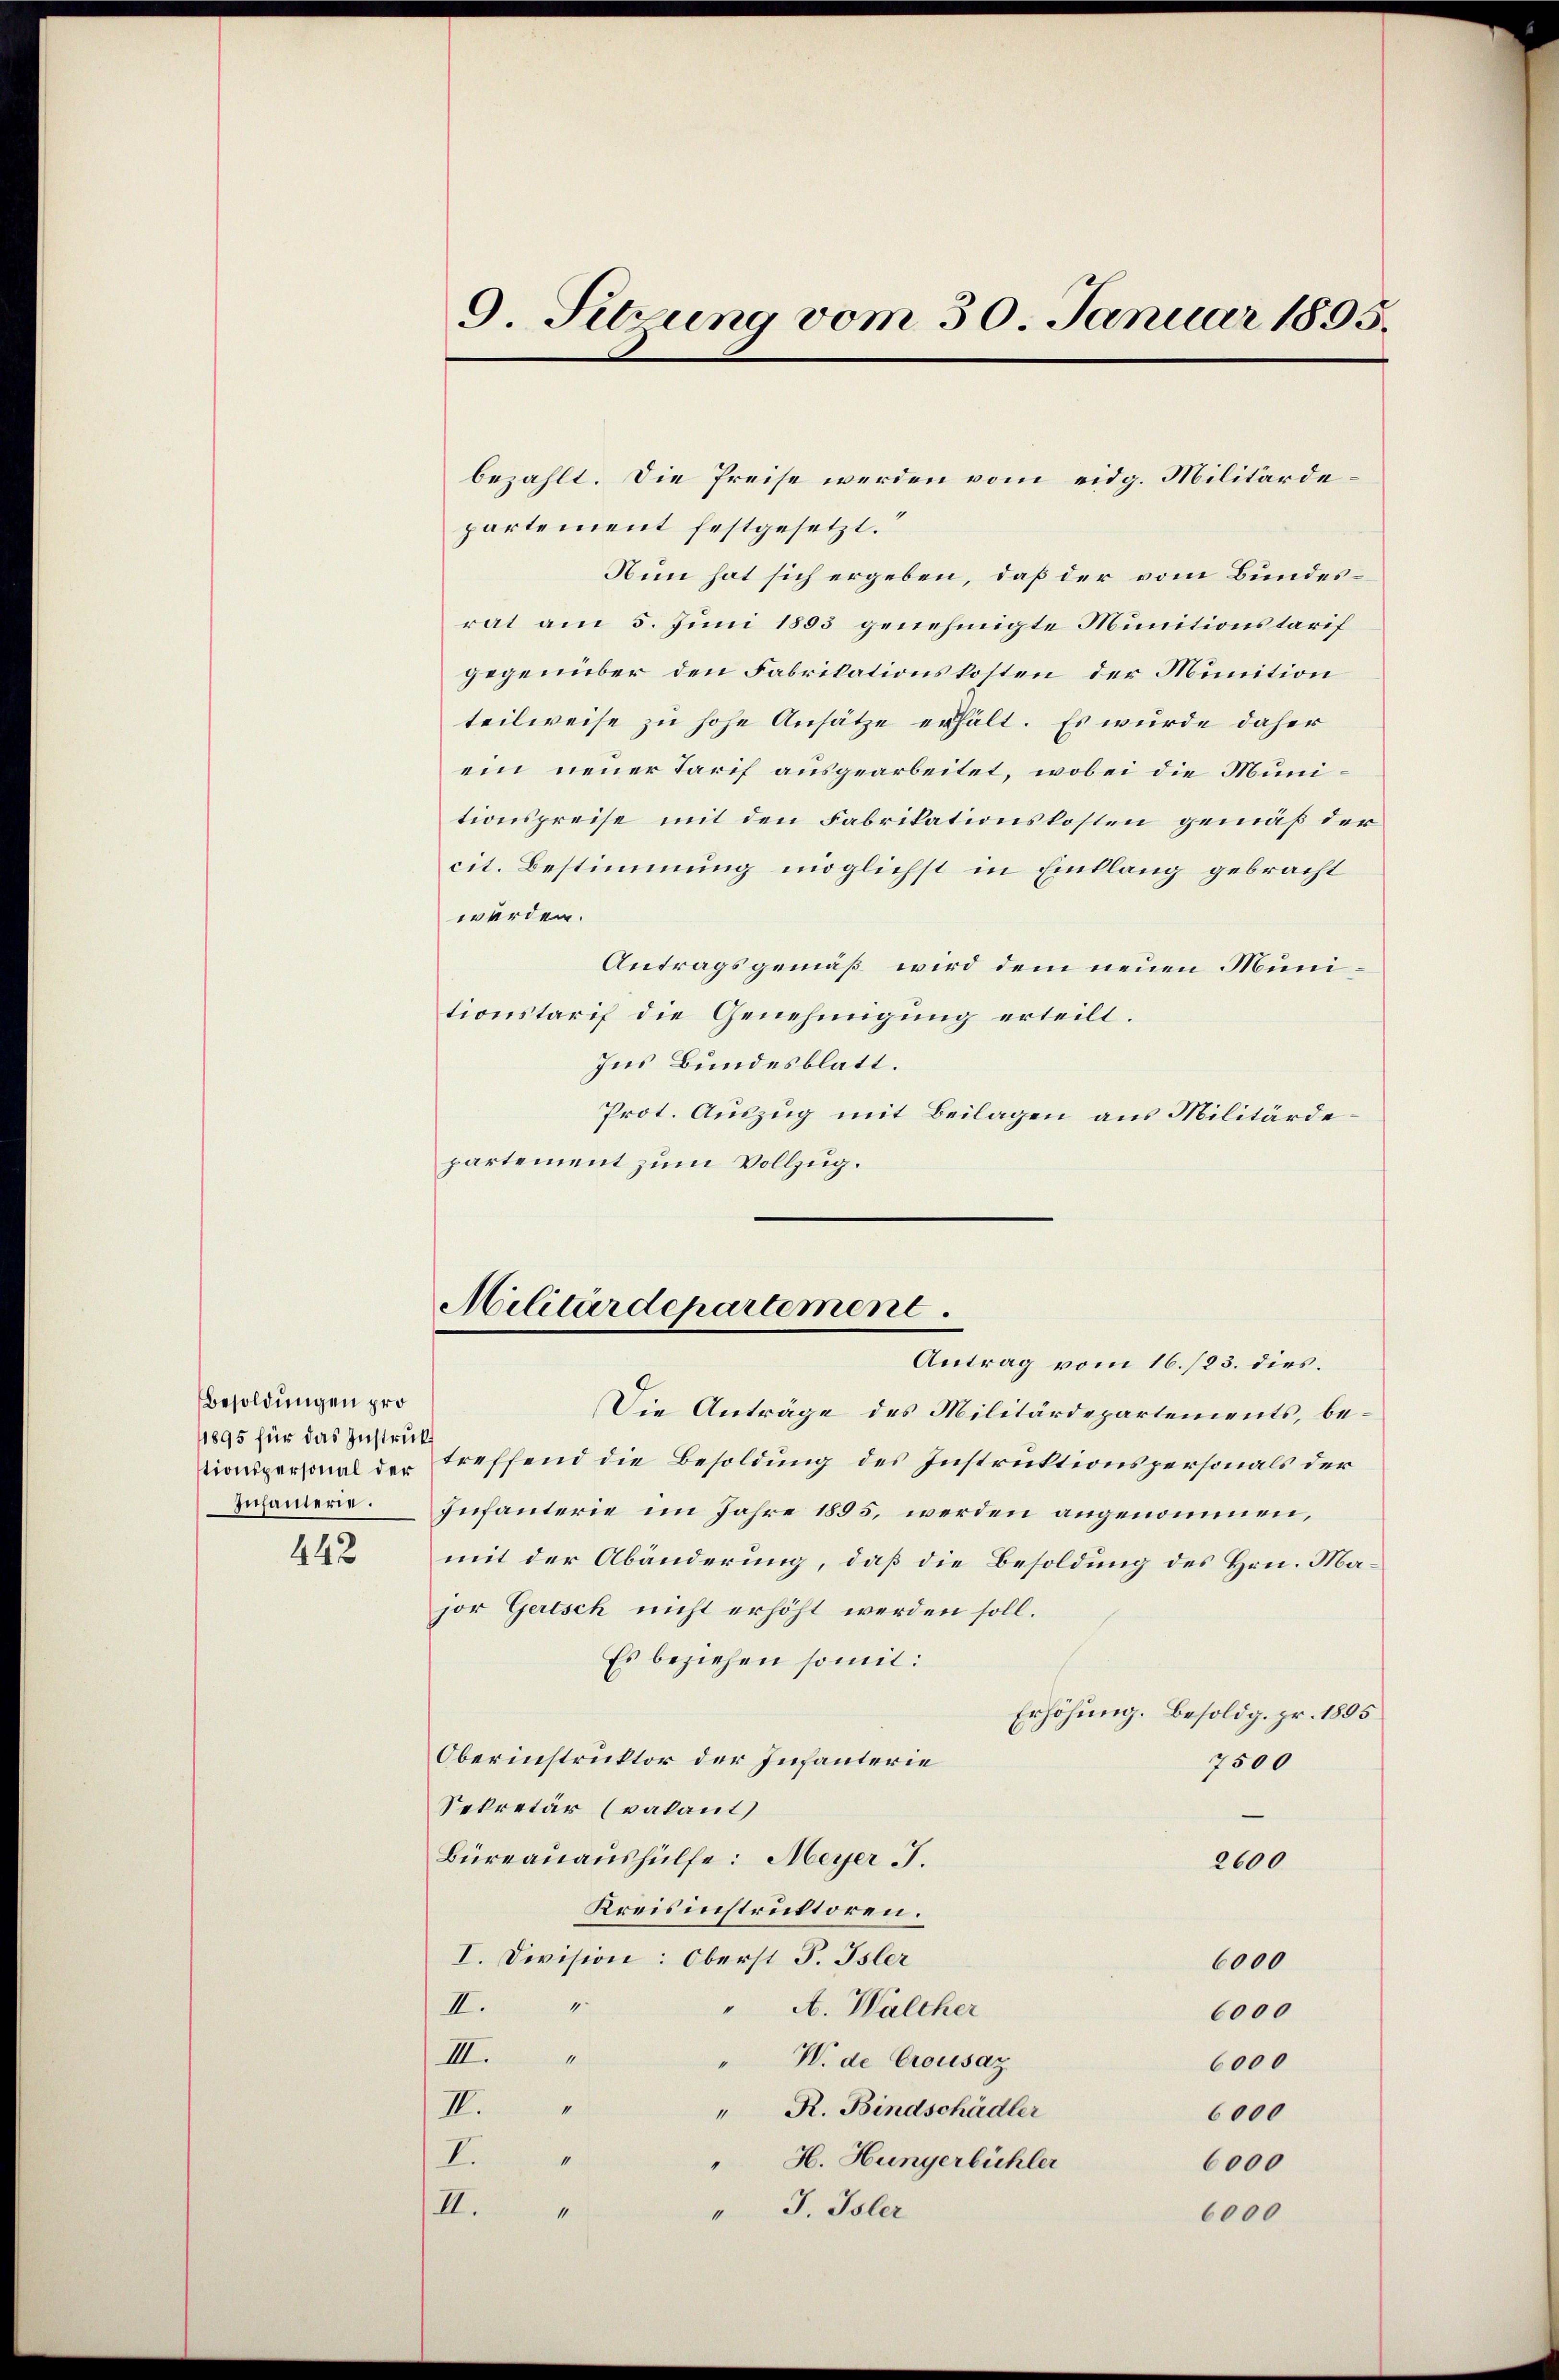
Besoldungen pro
1895 für das Instruk¬

442

bezahlt. Die Preise werden vom eidg. Militärdepartement festgesetzt.“
Nun hat sich ergeben, daß der vom Bundesrat am 5. Juni 1853 genehmigte Munitionstarif
gegenüber den Fabrikationskosten der Munition
teilweise zu hohe Ansätze erhält. Es wurde daher
ein neuer Tarif ausgearbeitet, wobei die Munitionspreise mit den Fabrikationskosten gemäß der
cit. Bestimmung möglichst in Eintlang gebracht
werden.
Antragsgemäß wird dem neuen Munitionstarif die Genehmigung erteilt.
Ins Bundesblatt.
Prot. Auszug mit Beilagen aus Militärdepartement zum Vollzug.

9. Setzung vom 30. Januar 1895.

Militärdepartement.
Antrag vom 16./23. dies.

Die Anträge des Militärdepartements, betionspersonal der treffend die Besoldung des Instruktionspersonals der
Zusammer. Infanterie im Jahre 1855, werden angenommen,
mit der Abänderung, daß die Besoldung des Hrn. Major Gerisch nicht erhöht werden soll.
Es beziehen somit:
Erhöhung. Besoldg. pr. 1895
Oberinstruktor der Infanterie
7500
Sekretär (vakant
Büreauaushülfe: Meyer .
2600
Kreisinstruktoren.
I. Division: Oberst P. Isler
6000
1
II.
A. Walcher
6000
III.
ifle
W. de Crousaz
6000
IV.
" R. Bindschädler
6000
I.
et
H. Hungerbüchler
6000
" J. Isler
II.
6000